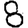
Digit: 8